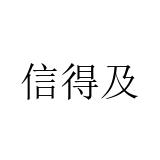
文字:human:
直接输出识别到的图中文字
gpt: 信得及